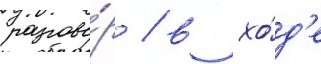
разгово́р / в хо́д'е